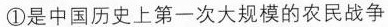
①是中国历史上第一次大规模的农民战争